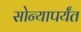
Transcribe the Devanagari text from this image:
सोन्यापर्यंत